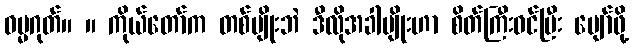
ဓမ္မဂုတ်။ ။ ကိုယ်တော်က တစ်မျိုးဘဲ ဒီလိုအခါမျိုးဟာ စိတ်ကြီးဝင်ပြီး ပျော်ဖို့